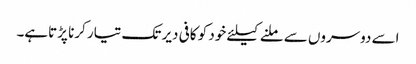
اسے دوسروں سے ملنے کیلئے خود کو کافی دیر تک تیار کرنا پڑتاہے۔